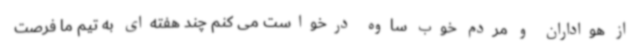
از هواداران و مردم خوب ساوه درخواست می کنم چند هفته‌ای به تیم ما فرصت